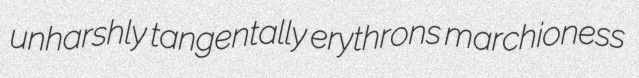
unharshly tangentally erythrons marchioness